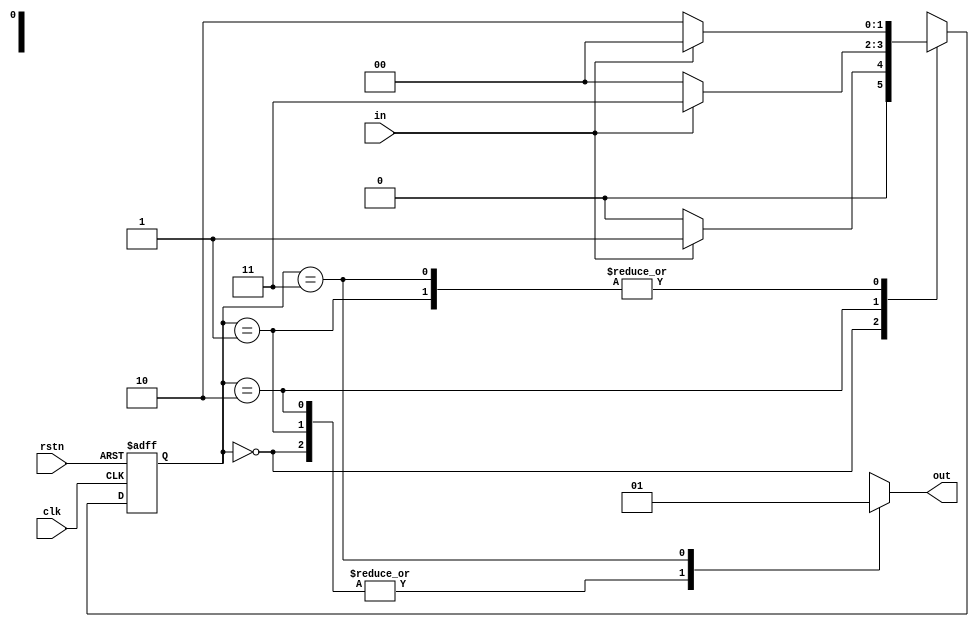
`timescale 1ns/1ps
module Moor(clk, in, out, rstn );
input wire clk, in, rstn;
output reg out;
 
reg [1:0]  state;
reg [1:0]  next_state;
parameter S0 = 2'd0, S1 = 2'd1;
parameter S2 = 2'd2, S3 = 2'd3;

always@ (posedge clk, negedge rstn)
begin
	if(!rstn)
		state <= S0;
	else
		state <= next_state;
end

always@(*)
begin
	case(state)
		S0: if(in == 1'd1)  next_state = S1;
			else 			next_state = S0;					
		S1: if(in == 1'd0)  next_state = S2;
			else 			next_state = S0;
		S2: if(in == 1'd1)  next_state = S3;
			else 			next_state = S0;
		S3: if(in == 1'd1)  next_state = S0;
			else 			next_state = S2;		
		default : 			next_state = S0;
	endcase
end

always@(*)
begin
	case(state)
		S0:   	  out = 0;
		S1:   	  out = 0;
		S2:		  out = 0;
		S3:		  out = 1;
		default : out = 0;
	endcase
end
//endmodule 
endmodule